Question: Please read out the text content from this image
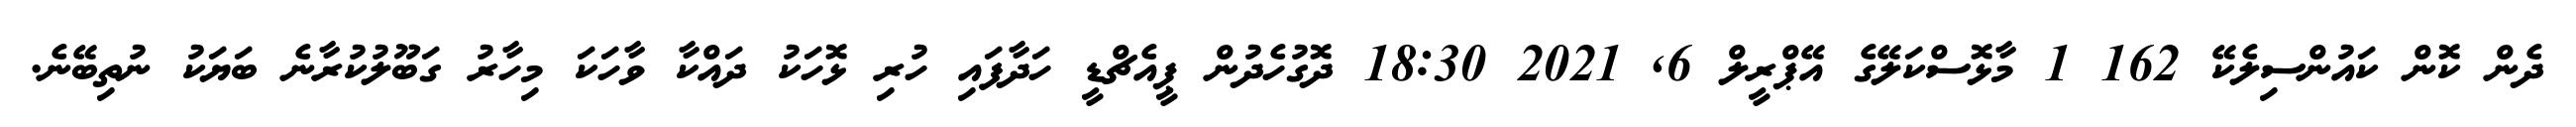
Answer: ދެން ކޮން ކައުންސިލެކޭ 162 1 މާޅޮސްކަލޭގެ އޭޕްރީލް 6, 2021 18:30 ދޮގުހެދުން ޕީއެޗްޑީ ހަދާފައި ހުރި ޅޮހަކު ދައްކާ ވާހަކަ މިހާރު ގަބޫލުކުރާނެ ބަޔަކު ނުތިބޭނެ.